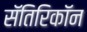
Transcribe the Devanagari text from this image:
सॅतिरिकॉन